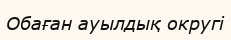
Обаған ауылдық округі